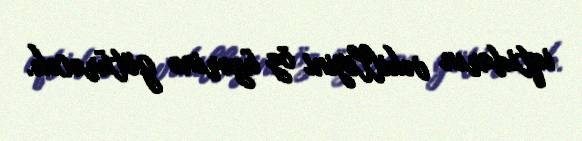
iqtidarın vəkilliyini öz üzərinə götürəcək.